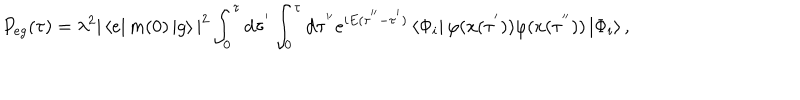
P _ { e g } ( \tau ) = \lambda ^ { 2 } | \left< e \right| m ( 0 ) \left| g \right> | ^ { 2 } \int _ { 0 } ^ { \tau } \mathrm { d } \tau ^ { ' } \int _ { 0 } ^ { \tau } \mathrm { d } \tau ^ { ' ^ { \prime } } e ^ { i E ( \tau ^ { ' ^ { \prime } } - \tau ^ { ' } ) } \left< \Phi _ { i } \right| \varphi ( x ( \tau ^ { ' } ) ) \varphi ( x ( \tau ^ { ' ^ { \prime } } ) ) \left| \Phi _ { i } \right> ,